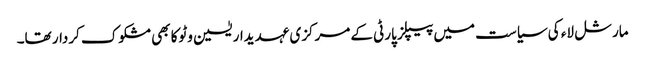
مارشل لاء کی سیاست میں پیپلز پارٹی کے مرکزی عہدیدار یٰسین وٹوکا بھی مشکوک کردار تھا۔